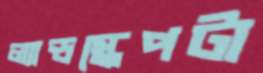
ল্যান্ডস্কেপটা